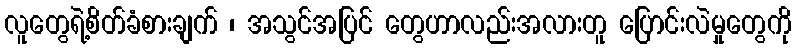
လူတွေရဲ့စိတ်ခံစားချက် ၊ အသွင်အပြင် တွေဟာလည်းအလားတူ ပြောင်းလဲမှုတွေကို